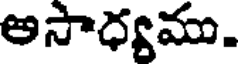
అసాధ్యము.